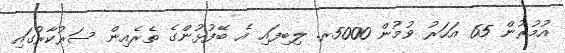
އުމުރުން 65 އަހަރު ވުމުން 5000ރ. ލިބިފައި އެ ބޭފުޅުންގެ ތެރެއިން ސަރުކާރުގައި